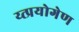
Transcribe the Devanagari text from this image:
य्त्प्रयोगेण